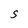
Character: S